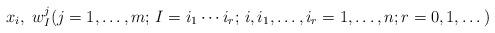
LaTeX: \begin{align*}x_i,\ w^j_I(j=1,\ldots,m;\, I=i_1\cdots i_r;\, i,i_1,\ldots,i_r=1,\ldots,n; r=0,1,\ldots \,)\end{align*}